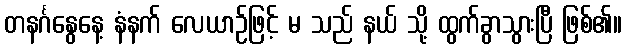
တနင်္ဂနွေနေ့ နံနက် လေယာဉ်ဖြင့် မ သည် နယ် သို့ ထွက်ခွာသွားပြီ ဖြစ်၏။